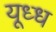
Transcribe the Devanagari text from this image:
यूध्ध